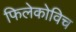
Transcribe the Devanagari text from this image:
फिलेकोविच